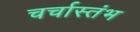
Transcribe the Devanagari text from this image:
चर्चास्तंभ